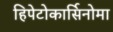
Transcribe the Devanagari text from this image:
हिपेटोकार्सिनोमा